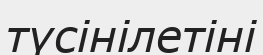
түсінілетіні